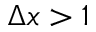
\Delta x > 1